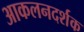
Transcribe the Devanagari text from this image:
आकलनदर्शक